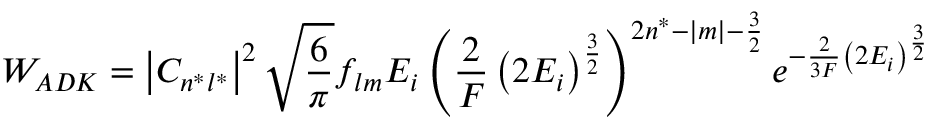
W _ { A D K } = \left| C _ { n ^ { * } l ^ { * } } \right| ^ { 2 } { \sqrt { \frac { 6 } { \pi } } } f _ { l m } E _ { i } \left( { \frac { 2 } { F } } \left( 2 E _ { i } \right) ^ { \frac { 3 } { 2 } } \right) ^ { 2 n ^ { * } - | m | - { \frac { 3 } { 2 } } } e ^ { - { \frac { 2 } { 3 F } } \left( 2 E _ { i } \right) ^ { \frac { 3 } { 2 } } }